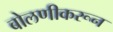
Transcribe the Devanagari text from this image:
बोलणीकरून